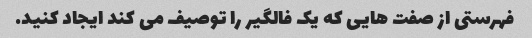
فهرستی از صفت هایی که یک فالگیر را توصیف می کند ایجاد کنید.